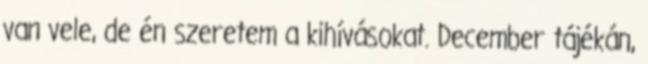
van vele, de én szeretem a kihívásokat. December tájékán,